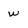
Character: w